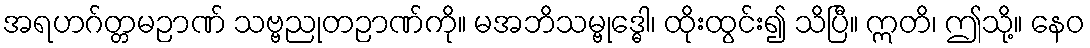
အရဟဂ်တ္တမဉာဏ် သဗ္ဗညုတဉာဏ်ကို။ မအဘိသမ္ဗုဒ္ဓေါ၊ ထိုးထွင်း၍ သိပြီ။ ဣတိ၊ ဤသို့။ နေဝ